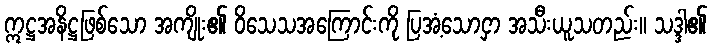
ဣဋ္ဌအနိဋ္ဌဖြစ်သော အကျိုး၏ ဝိသေသအကြောင်းကို ပြအံ့သောငှာ အသီးယူသတည်း။ သဒ္ဒါ၏